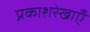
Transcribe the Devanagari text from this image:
प्रकाशरेखाएँ